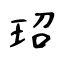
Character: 玿